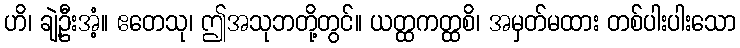
ဟိ၊ ချဲ့ဦးအံ့။ ဧတေသု၊ ဤအသုဘတို့တွင်။ ယတ္ထကတ္ထစိ၊ အမှတ်မထား တစ်ပါးပါးသော